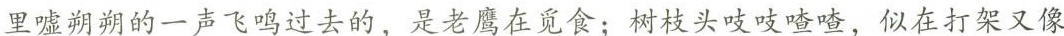
里倏地一声飞鸣过去的，是老鹰在觅食；树枝头吱吱喳喳，似在打架又像